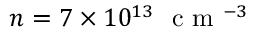
n = 7 \times 1 0 ^ { 1 3 } ~ \mathrm { ~ c ~ m ~ } ^ { - 3 }